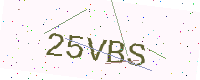
Text: 25VBS